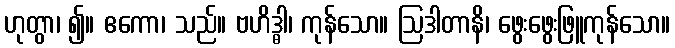
ဟုတွာ၊ ၍။ ဧကော၊ သည်။ ဗဟိဒ္ဓါ၊ ကုန်သော။ ဩဒါတာနိ၊ ဖွေးဖွေးဖြူကုန်သော။